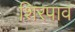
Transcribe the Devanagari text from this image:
शिरपाव